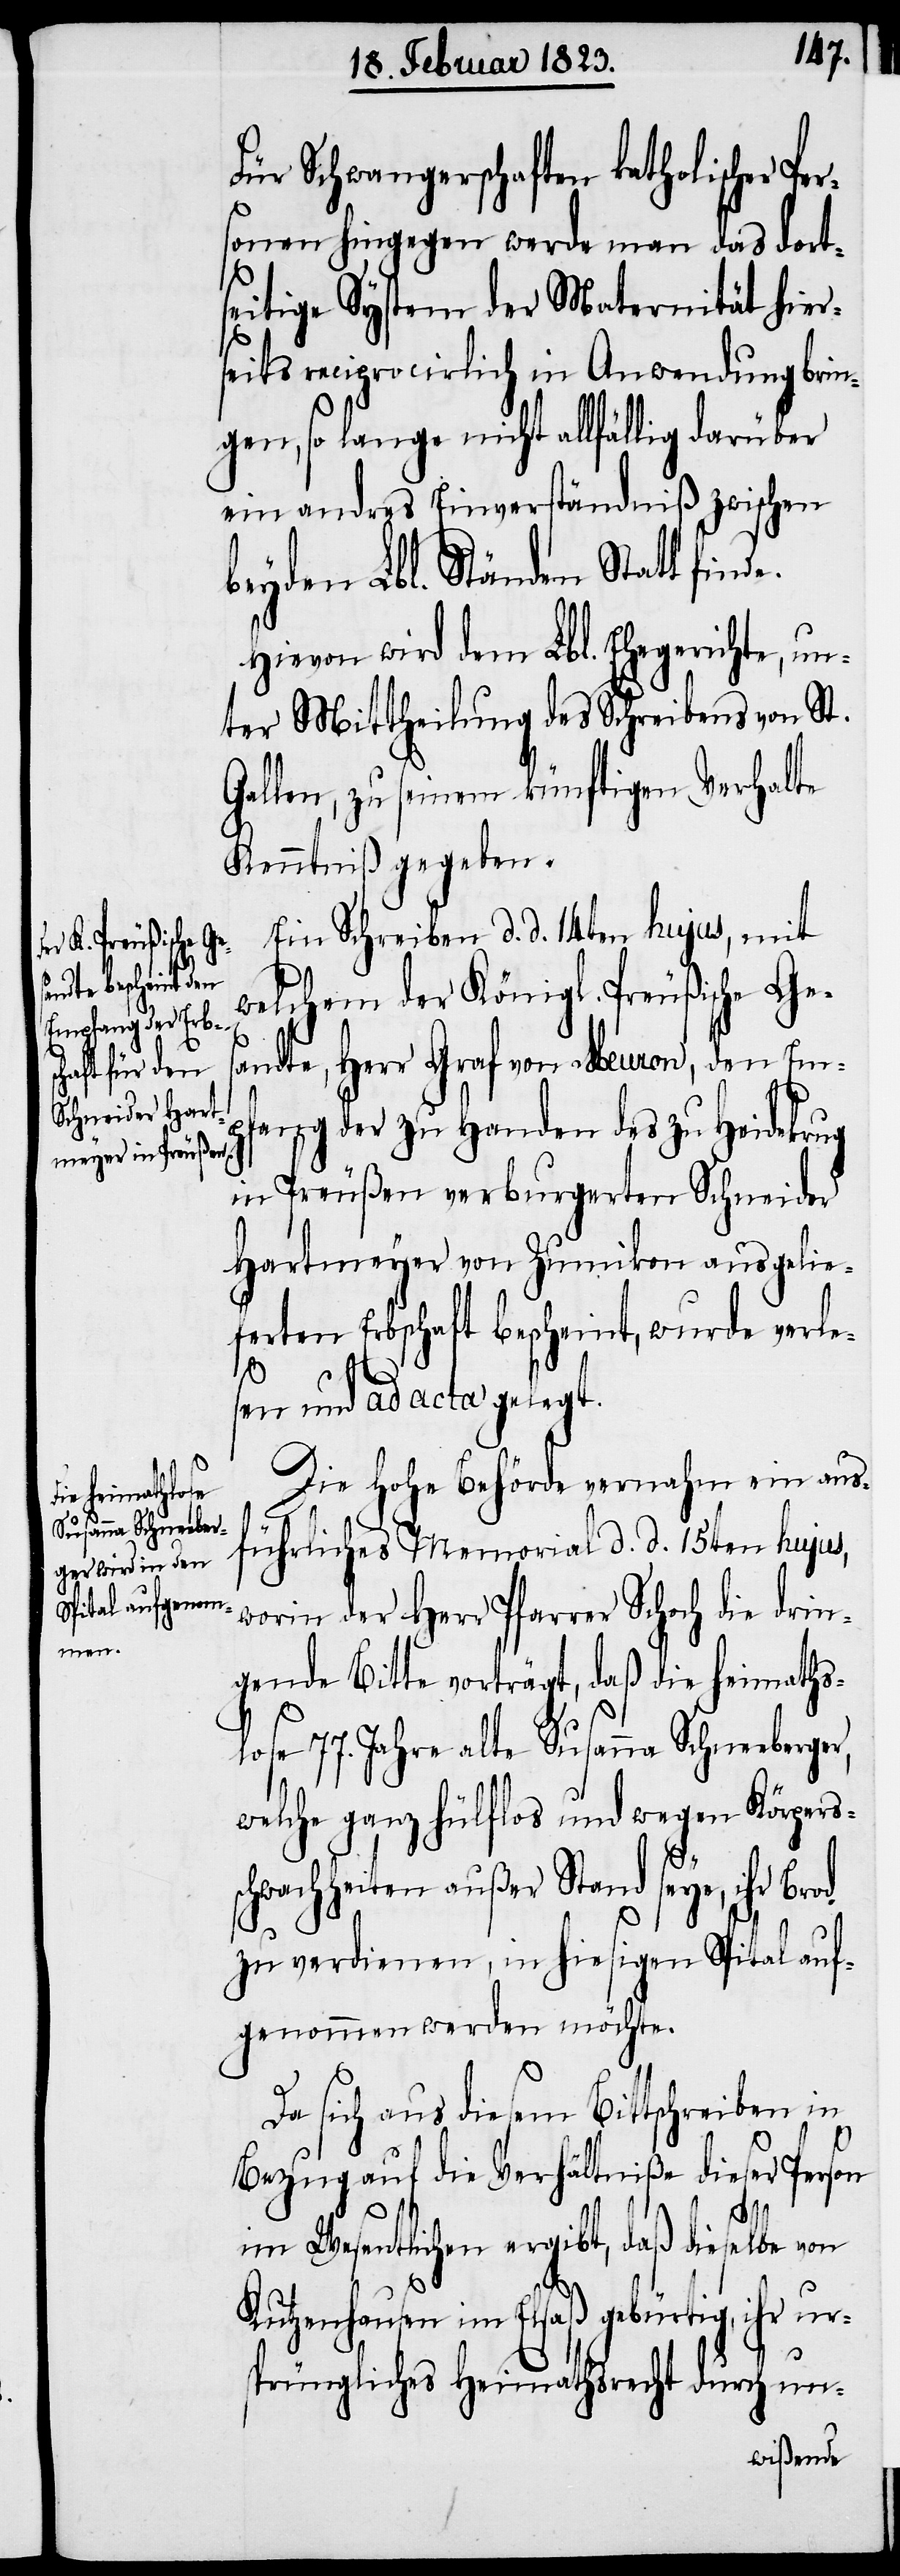
Für Schwangerschaften katholischer Pe¬
sonen hingegen werde man das dorts¬
eitige System der Maternität hier¬
seits reciprocirlich in Anwendung brin¬
gen, so lange nicht allfällig darüber
ein andres Einverständniß zwischen
beyden Lbl. Ständen Statt finde.
Hievon wird dem Lbl. Ehegerichte, un¬
ter Mittheilung des Schreibens von St.
Gallen, zu seinem künftigen Verhalte
Kenntniß gegeben.
Ein Schreiben d. d. 14ten hujus, mit
welchem der Königl. Preußische Ges¬
andte, Herr Graf von Meuron, den Em¬
ur¬
pfang der zu Handen des zu Heidekrug
in Preußen verburgerten Schneider
Hartmeyer von Zumikon ausgelie¬
ferten Erbschaft bescheint, wurde verle¬
sen und ad acta gelegt.
Die Hohe Behörde vernahm ein aus¬
führliches Memorial d. d. 15ten hujus,
worin der Herr Pfarrer Schoch die drin¬
gende Bitte vorträgt, daß die heimaths¬
lose 77. Jahre alte Susanna Schneeberger,
welche ganz hülflos und wegen Körpers¬
hwachheiten außer Stand seye, ihr
zu verdienen, in hiesigen Spital auf¬
genommen werden möchte.
Da sich aus diesem Bittschreiben in
Bezug auf die Verhältniße dieser Person
im Wesentlichen ergibt, daß dieselbe von
Kutzenhausen im Elsaß gebürtig, ihr
sprüngliches Heimathsrecht durch un-